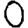
Digit: 0